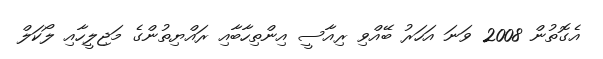
އެގޮތުން 2008 ވަނަ އަހަރު ބޭއްވި ރިއާސީ އިންތިހާބާއި ރައްޔިތުންގެ މަޖިލީހާއި ލޯކަލް